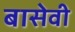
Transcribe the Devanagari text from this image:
बासेवी